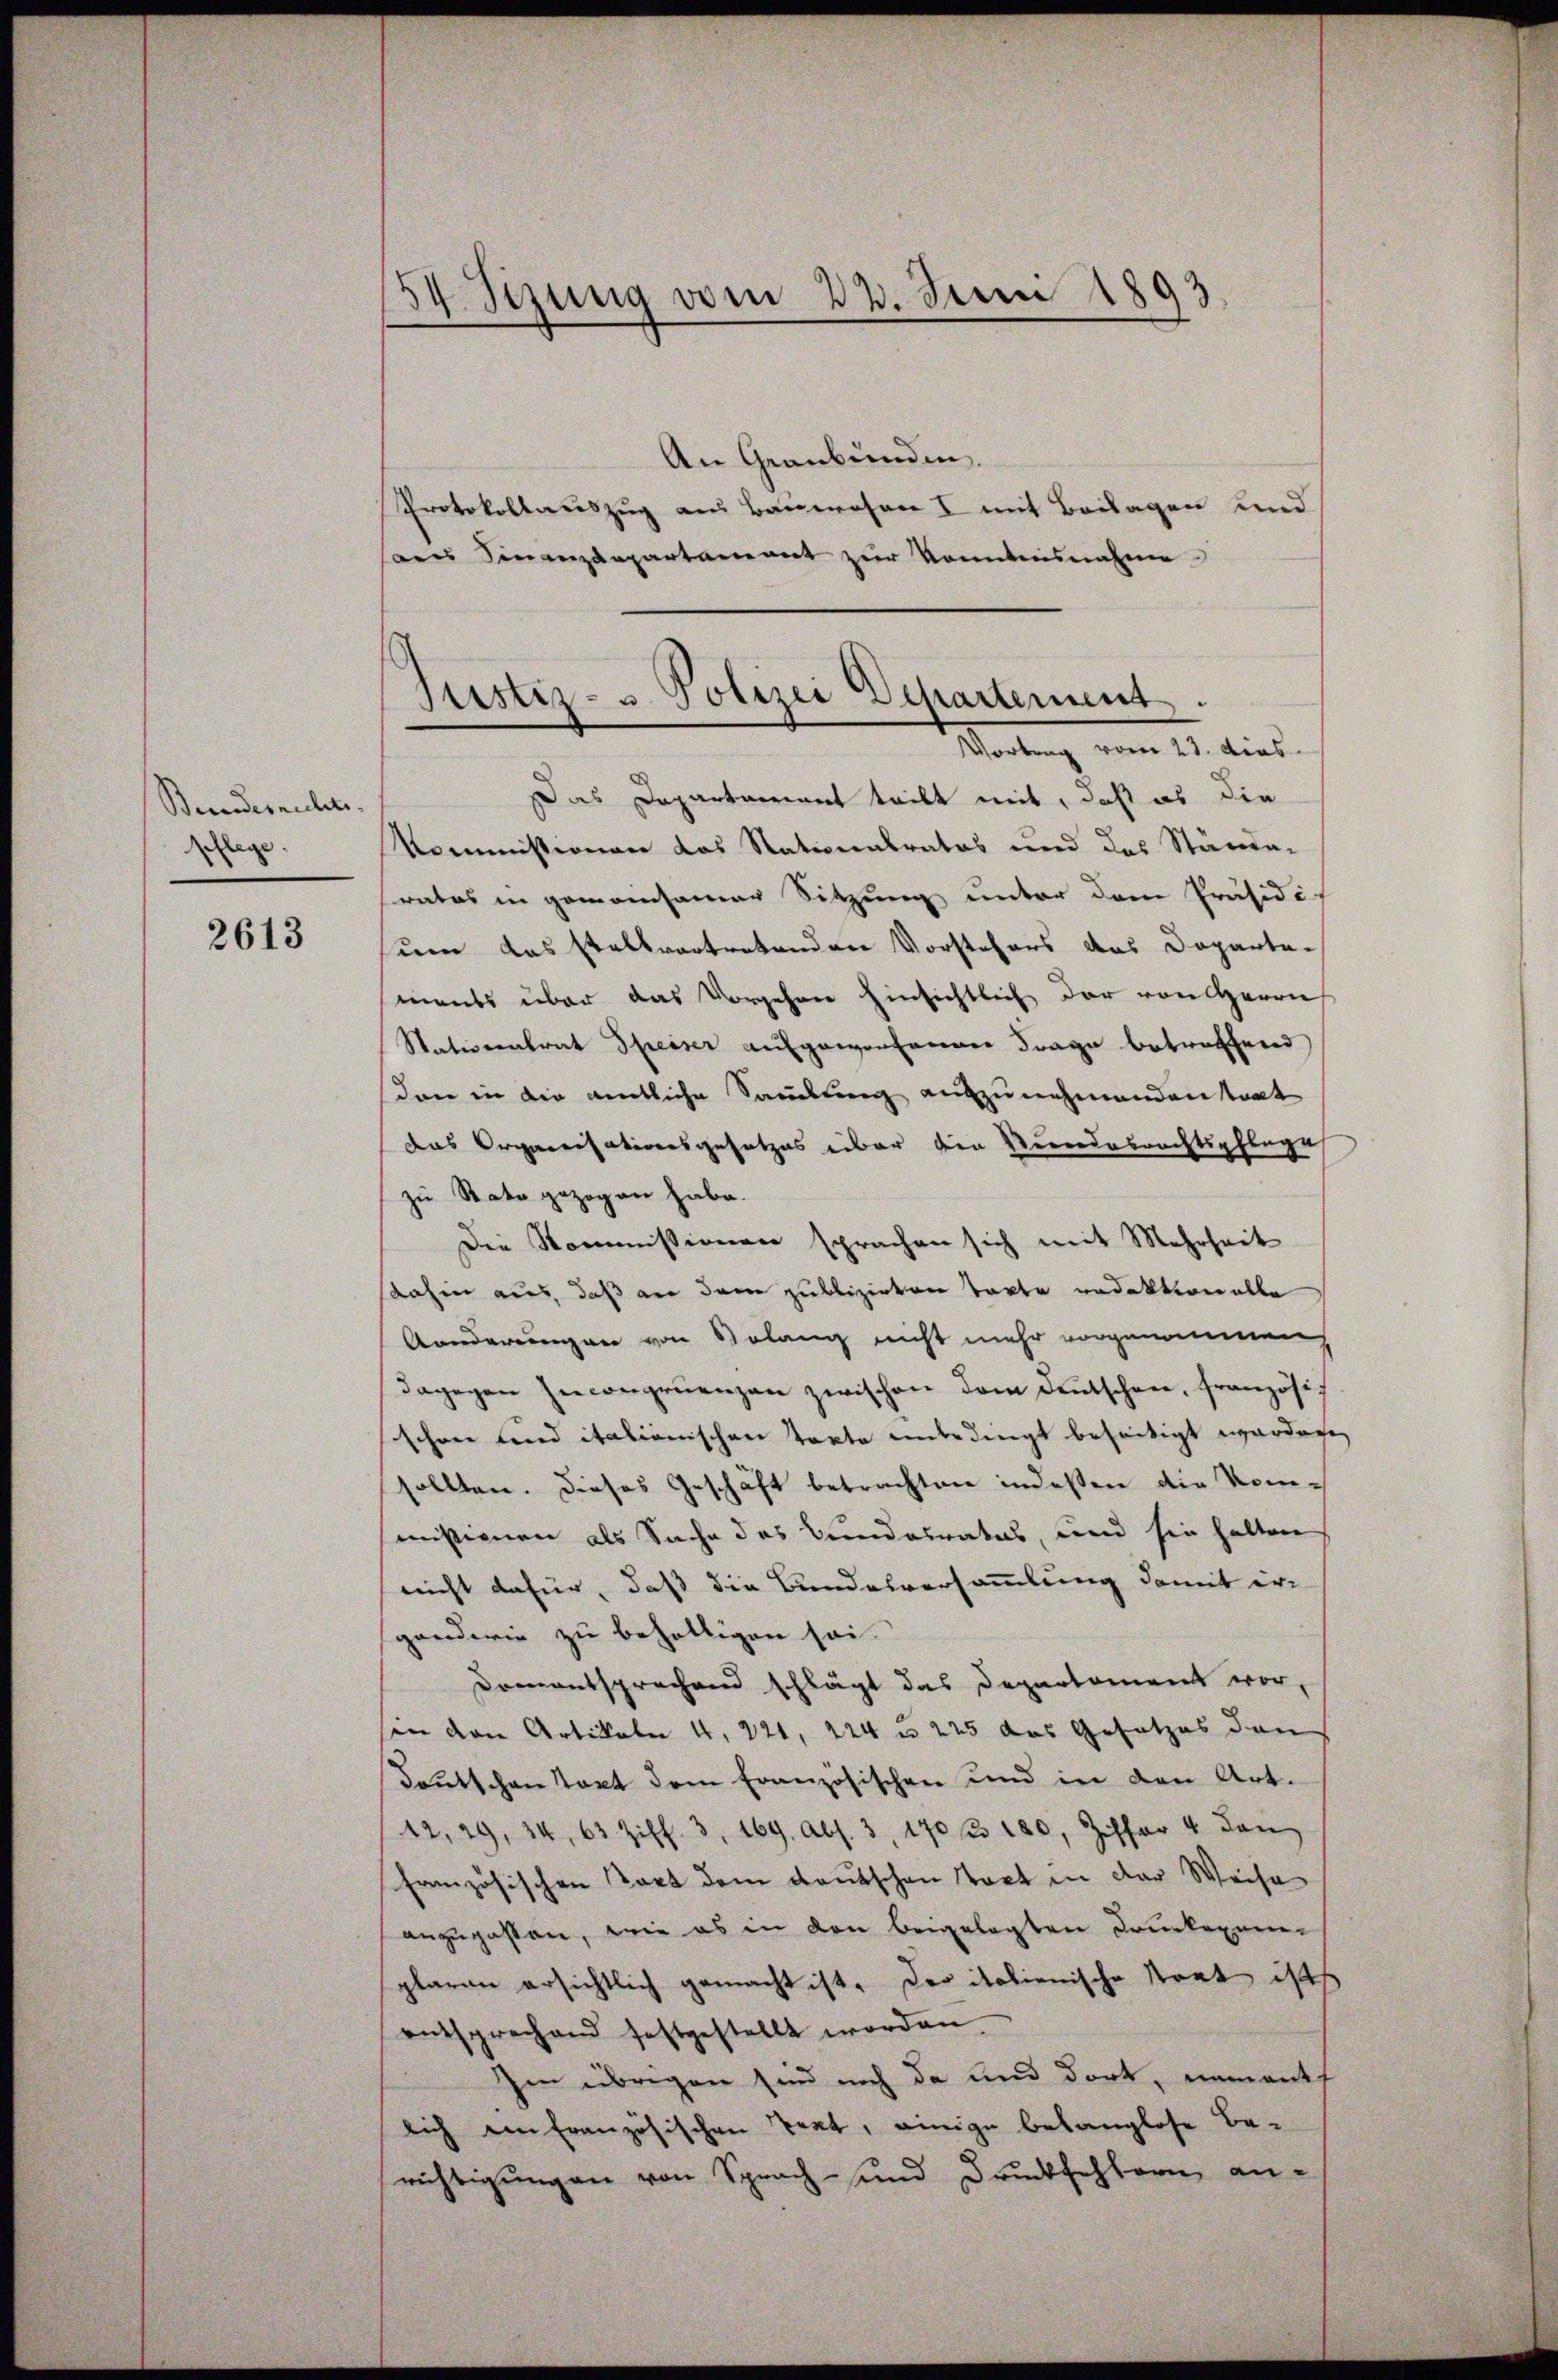
Bundesrechts.
pflege.

2613

54 Sizung vom 23. Juni 1893.

An Graubünden.
Protokollauszug aus Bauwehrer I mit Beilagen und
des Finanzdepartament zur Kenntnisnahme
Das Departariant teilt mit, daß es die
Kommissionen das Stationalrates und des Stände-
rates in gemeinsamer Sitzung unter dem Präsidis
um das stellvertretenden Vorstehers das Doparte-
ments über das Vorgehen hinsichtlich der von Herrn
Nationentrat Speiser aufgeworfenen Frage betreffend
don in die amtliche Sammlung aufzunehmenden tant
das Organisationsgesetzes über den Stundesrechtspflege
zu Rata gezogen habe.
Die Kommissionen sprachen sich mit Mehrheit
dahin aus, daß an dem publizirten Tacte redaktionalle
Aonderungen von Solang nicht mehr vorgenommen,
dagegen Incongruenzen zwischen dem deŭtschen, französis
schon und italionischen Texte unbedingt beseitigt werden.
sollten. Dieses Geschäft betrachten indeßen die Kommissionen als Sache des Bundesrates, und sie halten
nicht dafür, daß die Bundesversammlung damit er-
gendwie zu behälligen sei.
Domentsprechend schlägt das Departement vor,
son den Artikale 4, 221, 224 u. 225 das Gesetzes den
Deutschen Text dem französischen und in den Art.
12, 29, 34, 63 Ziff. 3, 169. Abs. 3. 170 n 180, Ziffer 4 dan
Französischen Tort dem deutschen Toct in der Weise
anzupassen, wie es in den beigelegten Druckerem
plaren ersichtlich gemacht ist. Der italienische Staat ist
entsprechend festgestellt worden.
Im übrigen sind noch da und dort, nements
lich ein französischen Text, einige belanglose Be-
richtigungen von Sprach- und Druckfehlern an-

Justiz- u. Polizei Departement.
Mitung vom 15. dies